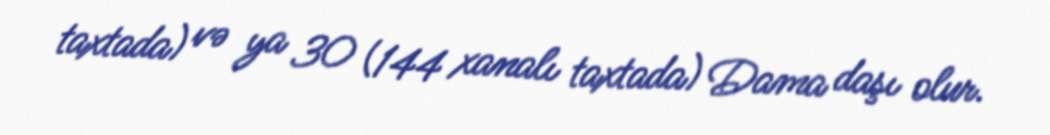
taxtada) və ya 30 (144 xanalı taxtada) Dama daşı olur.